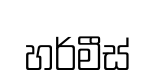
හර්මීස්